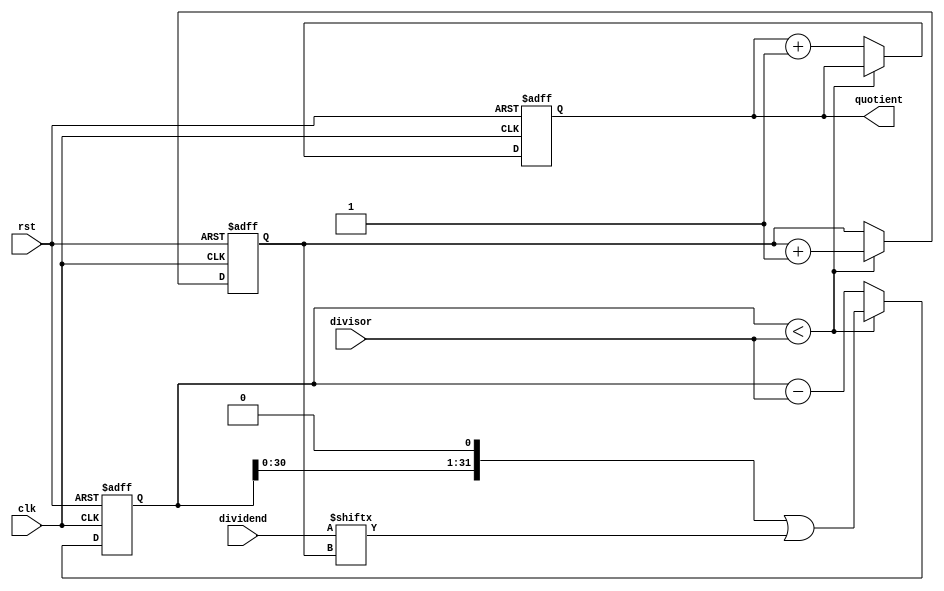
module counter_based_divider(
  input wire clk,
  input wire rst,
  input wire [31:0] dividend,
  input wire [31:0] divisor,
  output reg [31:0] quotient
);

reg [31:0] remainder;
reg [31:0] counter;

always @(posedge clk or posedge rst)
begin
  if (rst)
  begin
    remainder <= 0;
    counter <= 0;
    quotient <= 0;
  end
  else
  begin
    if (remainder < divisor)
    begin
      remainder <= (remainder << 1) | dividend[counter];
      counter <= counter + 1;
    end
    else
    begin
      remainder <= remainder - divisor;
      quotient <= quotient + 1;
    end
  end
end

endmodule